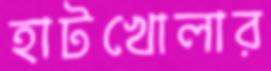
হাটখোলার